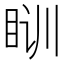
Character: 𰥛